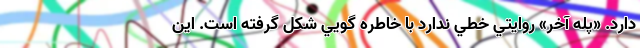
دارد. «پله آخر» روايتي خطي ندارد با خاطره گويي شکل گرفته است. اين